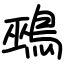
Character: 鵐